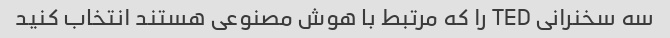
سه سخنرانی TED را که مرتبط با هوش مصنوعی هستند انتخاب کنید